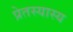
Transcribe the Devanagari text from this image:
प्रेतस्यास्य